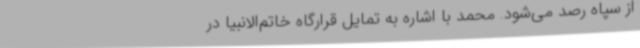
از سپاه رصد می‌شود. محمد با اشاره به تمایل قرارگاه خاتم‌الانبیا در